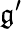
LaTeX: \mathfrak{g^{\prime}}